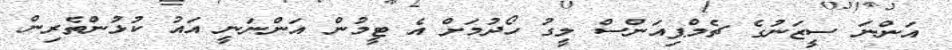
އަންނަ ސީޒަނުގެ ޗެމްޕިއަންސް ލީގު ހޯދުމަށް އެ ޓީމުން އަންނަނީ އައު ކުޅުންތެރިން